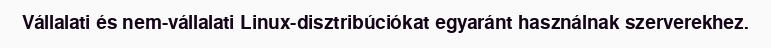
Vállalati és nem-vállalati Linux-disztribúciókat egyaránt használnak szerverekhez.